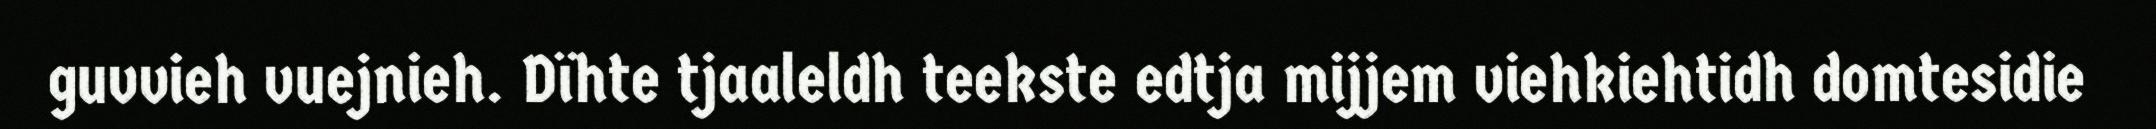
guvvieh vuejnieh. Dïhte tjaaleldh teekste edtja mijjem viehkiehtidh domtesidie